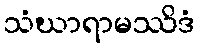
သံဃာရာမဿိဒံ